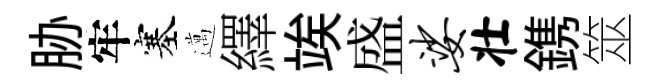
胁牢塞邁繹竢盛娑壮鎸筮